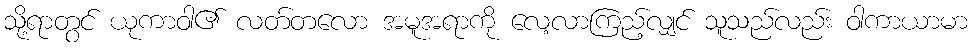
သို့ရာတွင် ယုကာဝါ၏ လတ်တလော အမူအရာကို လေ့လာကြည့်လျှင် သူသည်လည်း ဝါကာယာမာ